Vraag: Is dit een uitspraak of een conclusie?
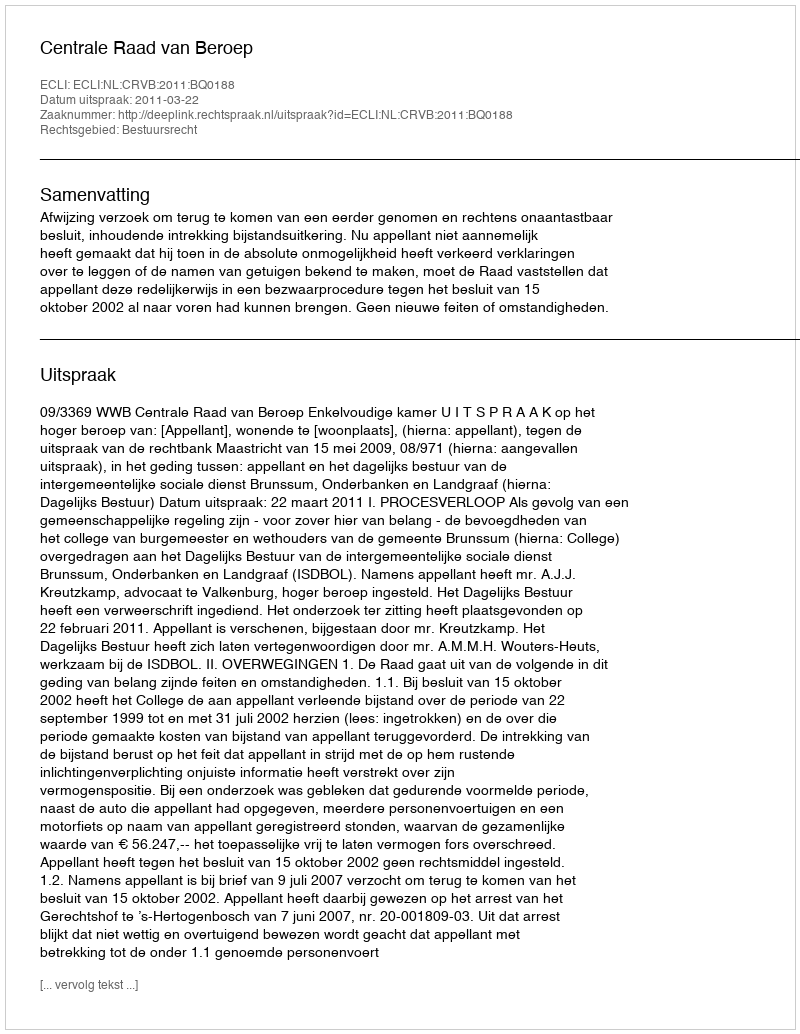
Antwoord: Uitspraak